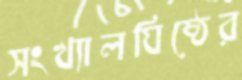
সংখ্যালঘিষ্ঠের